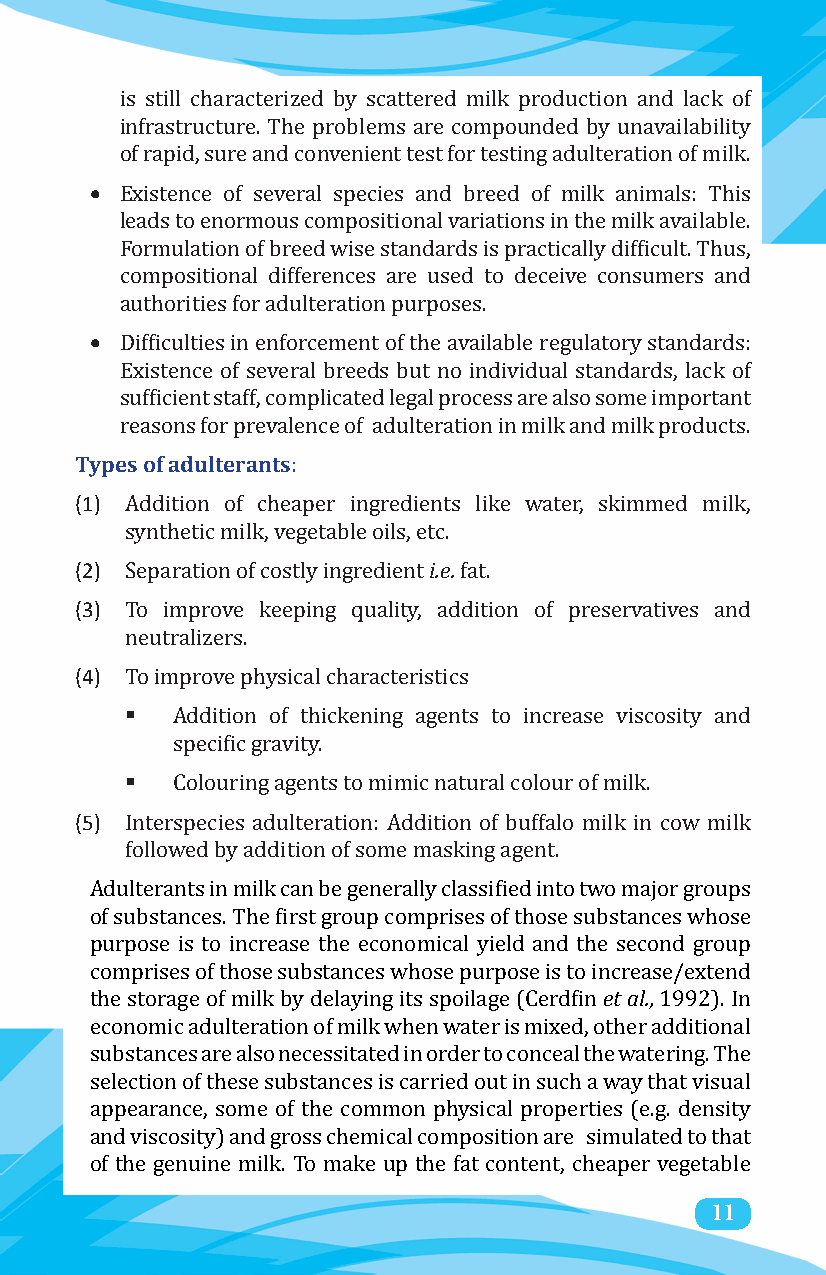
is still characterized by scattered milk production and lack of
 infrastructure. The problems are compounded by unavailability
 •
 of rapid, sure and convenient test for testing adulteration of milk.
 Existence of several species and breed of milk animals: This
 leads to enormous compositional variations in the milk available.
 Formulation of breed wise standards is practically difficult. Thus,
 compositional differences are used to deceive consumers and
 •
 authorities for adulteration purposes.
 Difficulties in enforcement of the available regulatory standards:
 Existence of several breeds but no individual standards, lack of
 sufficient staff, complicated legal process are also some important
 Types of adulterants
 reasons for prevalence of adulteration in milk and milk products.
 (1)
 :
 Addition of cheaper ingredients like water, skimmed milk,
 (2)                    i.e.
 synthetic milk, vegetable oils, etc.
 (3)
 Separation of costly ingredient fat.
 To improve keeping quality, addition of preservatives and
 (4)
 neutralizers.
 
 To improve physical characteristics
 Addition of thickening agents to increase viscosity and
 
 specific gravity.
 (5)
 Colouring agents to mimic natural colour of milk.
 Interspecies adulteration: Addition of buffalo milk in cow milk
 followed by addition of some masking agent.
 Adulterants in milk can be generally classified into two major groups
 of substances. The first group comprises of those substances whose
 purpose is to increase the economical yield and thee ts eacl.o,nd group
 comprises of those substances whose purpose is to increase/extend
 the storage of milk by delaying its spoilage (Cerdfin 1992). In
 economic adulteration of milk when water is mixed, other additional
 substances are also necessitated in order to conceal the watering. The
 selection of these substances is carried out in such a way that visual
 appearance, some of the common physical properties (e.g. density
 and viscosity) and gross chemical composition are simulated to that
 of the genuine milk. To make up the fat content, cheaper vegeta1b1le